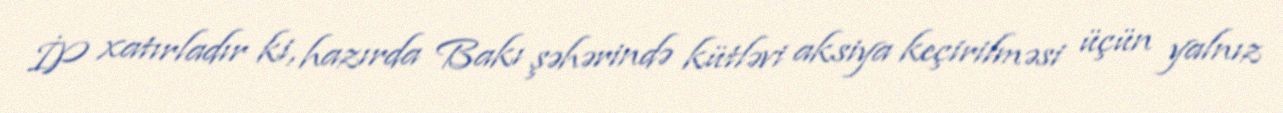
İP xatırladır ki, hazırda Bakı şəhərində kütləvi aksiya keçirilməsi üçün yalnız